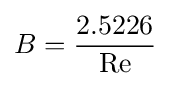
B={\frac {2.5226}{\mathrm {Re} }}